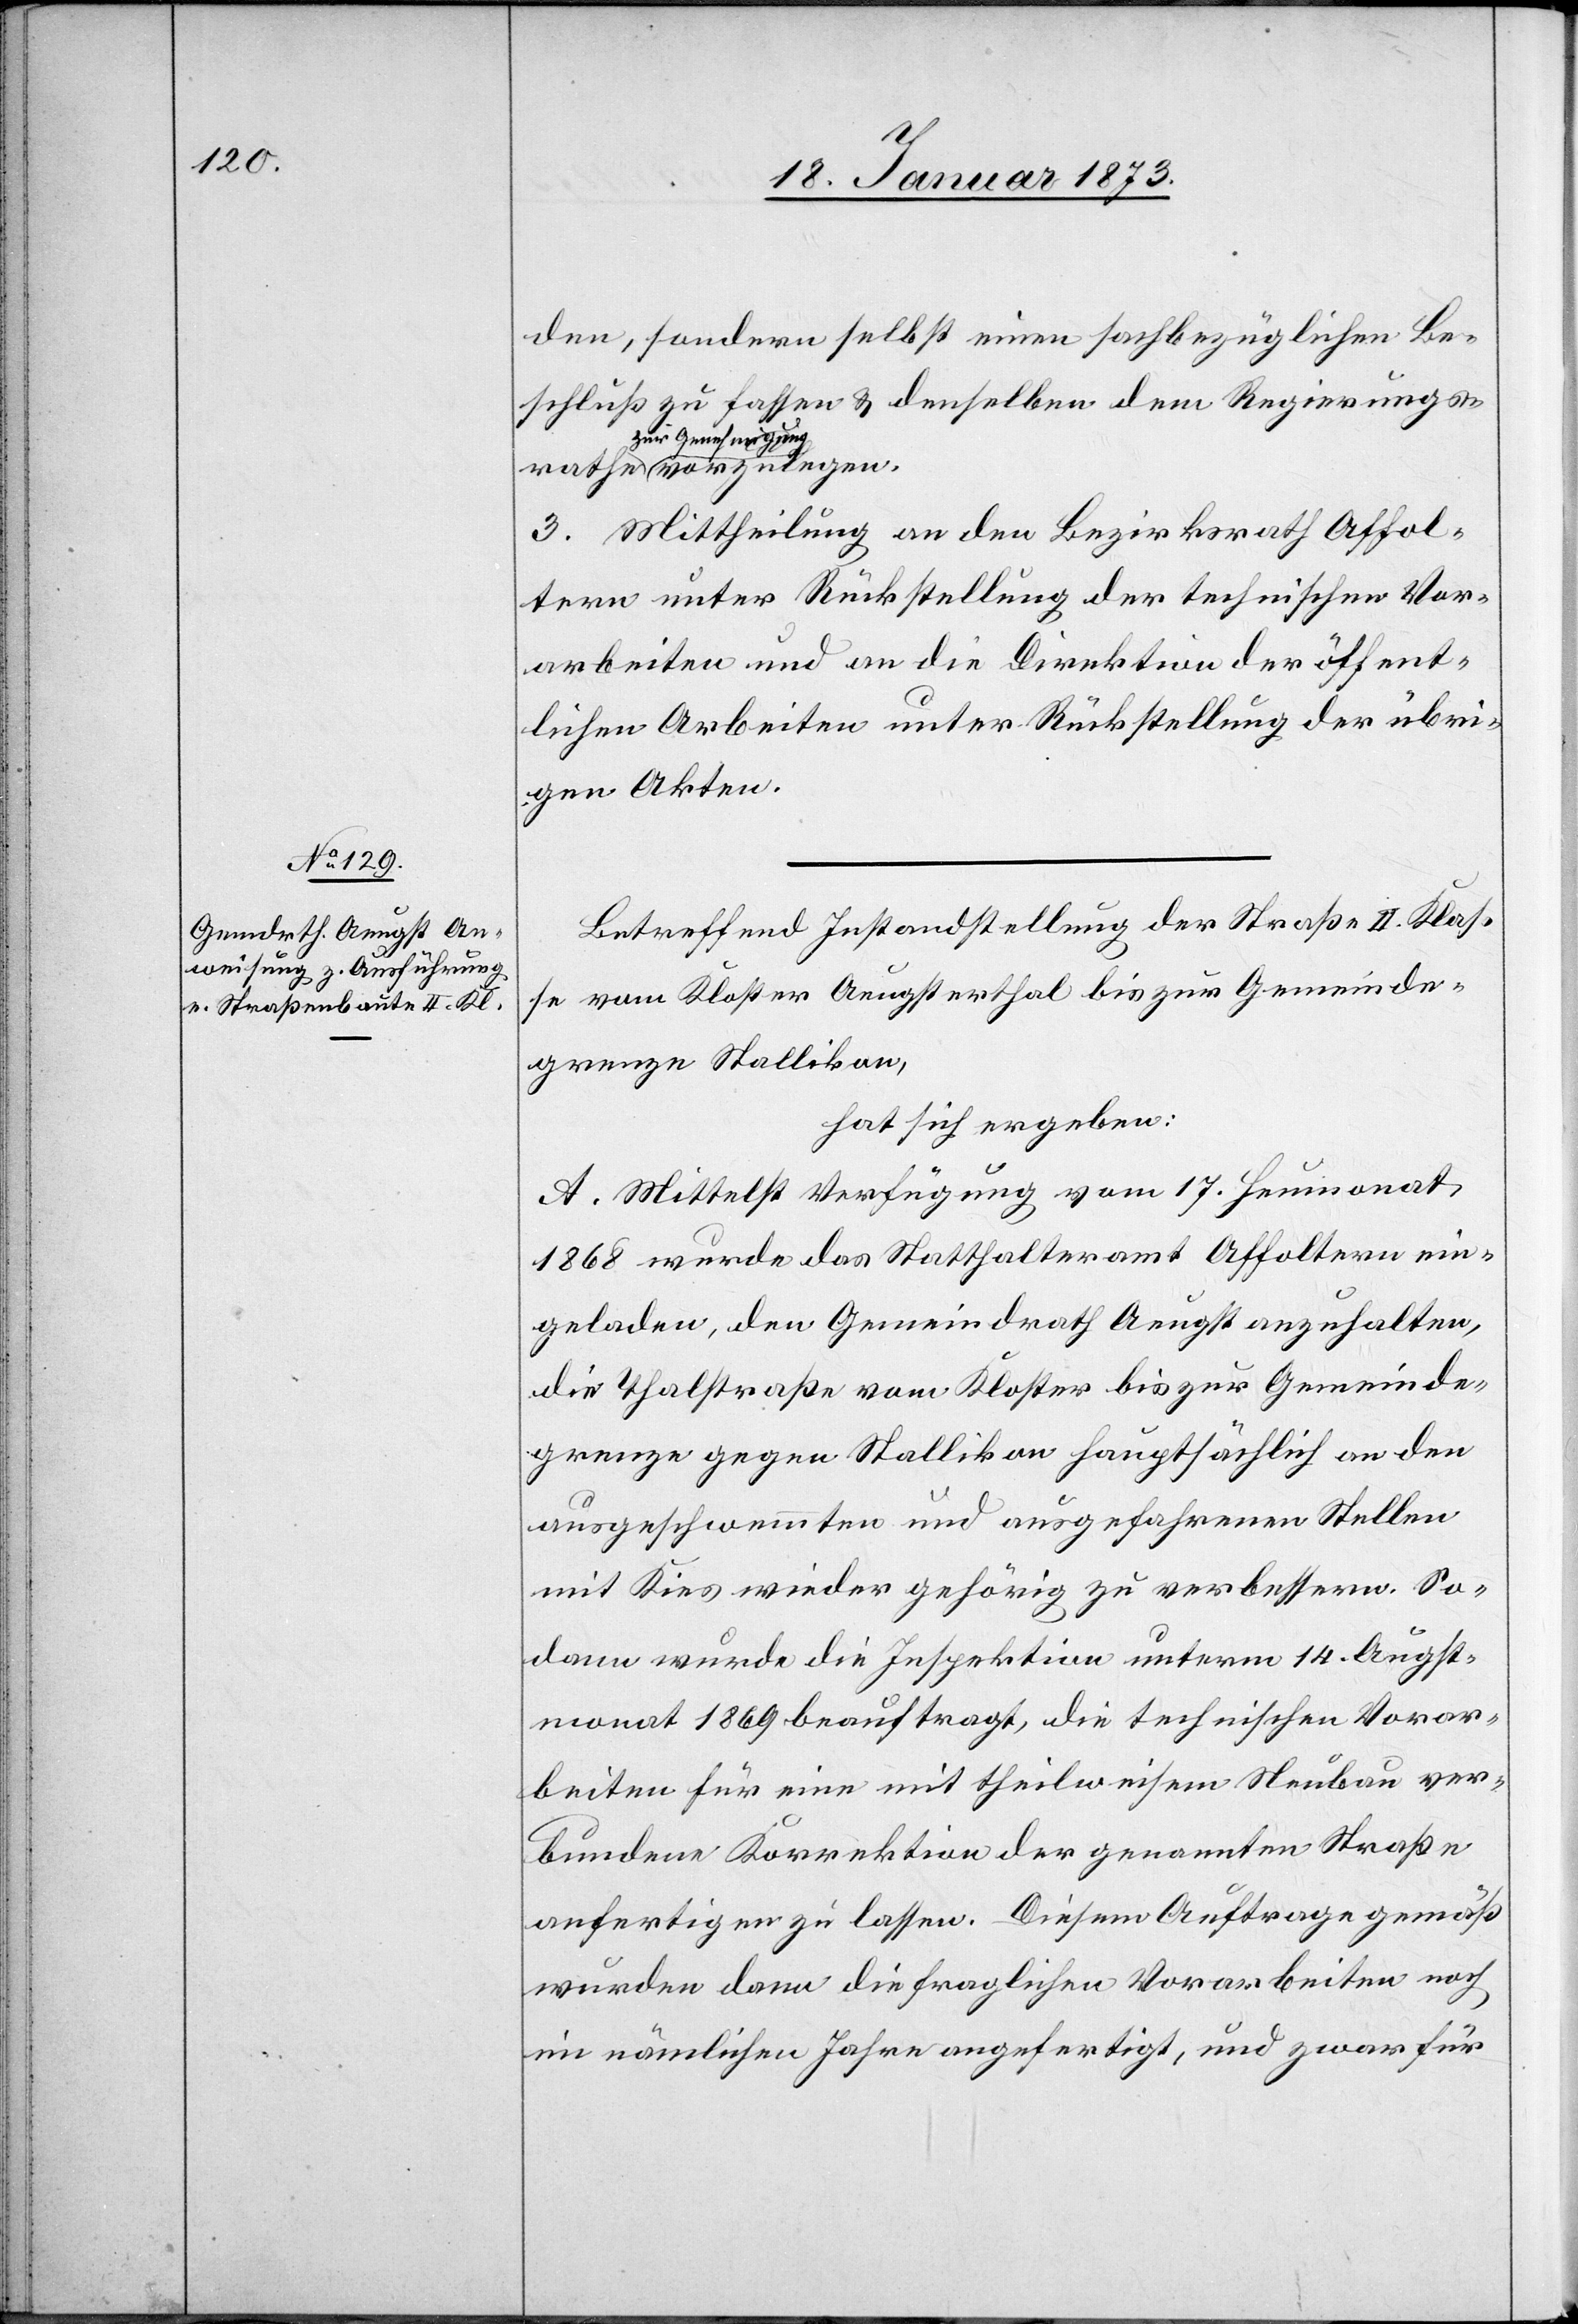
rathe
den, sondern selbst einen sachbezüglichen Be¬
schluß zu fassen u. denselben dem Regierungs¬
a-zur Genehmigung-a
3. Mittheilung an den Bezirksrath Affol¬
tern unter Rückstellung der technischen Vor¬
arbeiten und an die Direktion der öffent¬
lichen Arbeiten unter Rückstellung der übri¬
gen Akten.
Betreffend Instandstellung der Straße II. Klas¬
se vom Kloster Aeugsterthal bis zur Gemeinde¬
grenze Stallikon,
hat sich ergeben:
A. Mittelst Verfügung vom 17. Heumonat
1868 wurde das Statthalteramt Affoltern ein¬
geladen, den Gemeindrath Aeugst anzuhalten,
die Thalstraße vom Kloster bis zur Gemeinde¬
grenze gegen Stallikon hauptsächlich an den
ausgeschwemmten und ausgefahrenen Stellen
mit Kies wieder gehörig zu verbessern. So¬
dann wurde die Inspektion unterm 14. Augst¬
monat 1869 beauftragt, die technischen Vorar¬
beiten für eine mit theilweisem Neubau ver¬
bundene Korrektion der genannten Straße
anfertigen zu lassen. Diesem Auftrage gemäß
wurden dann die fraglichen Vorarbeiten noch
im nämlichen Jahre angefertigt, und zwar für